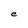
Character: e